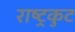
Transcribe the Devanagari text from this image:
राष्‍ट्रकुट